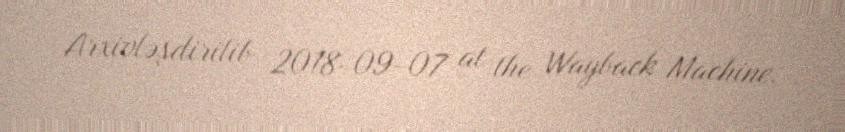
Arxivləşdirilib 2018-09-07 at the Wayback Machine.